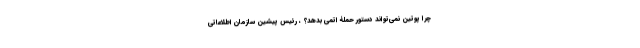
چرا پوتین نمی‌تواند دستور حملۀ اتمی بدهد؟ ، رئیس پیشین سازمان اطلاعاتی